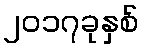
၂၀၁၇ခုနှစ်